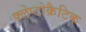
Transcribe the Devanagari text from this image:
क्लेप्टोक्रैटिक